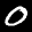
Label: 0